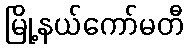
မြို့နယ်ကော်မတီ